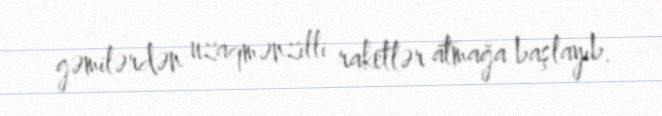
gəmilərdən uzaqmənzilli raketlər atmağa başlayıb.